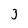
Character: 3